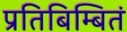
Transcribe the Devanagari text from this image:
प्रतिबिम्बितं